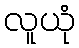
လူယုံ